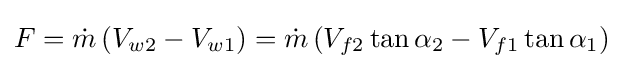
F={\dot {m}}\left(V_{w2}-V_{w1}\right)={\dot {m}}\left(V_{f2}\tan \alpha _{2}-V_{f1}\tan \alpha _{1}\right)